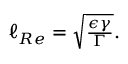
\begin{array} { r } { \ell _ { R e } = \sqrt { \frac { \epsilon \gamma } { \Gamma } } . } \end{array}